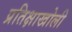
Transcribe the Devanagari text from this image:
प्रतिक्षाखोली